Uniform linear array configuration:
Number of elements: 4
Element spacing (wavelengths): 1
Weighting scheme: hamming
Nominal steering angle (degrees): -60
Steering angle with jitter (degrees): -60.423
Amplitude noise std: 0.05
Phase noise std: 0.05

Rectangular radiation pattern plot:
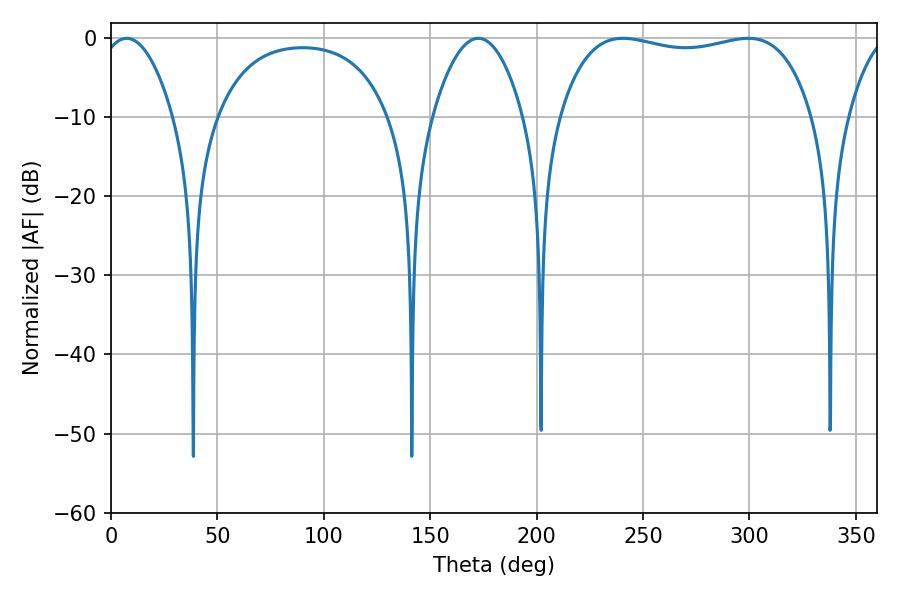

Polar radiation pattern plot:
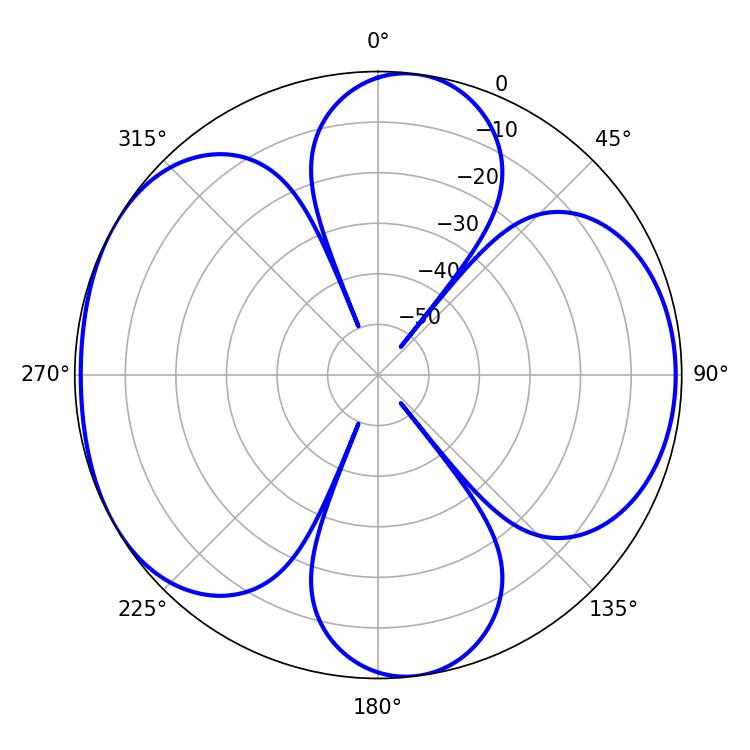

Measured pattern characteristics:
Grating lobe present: TRUE
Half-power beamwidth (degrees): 19.26
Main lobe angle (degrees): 7.38